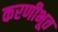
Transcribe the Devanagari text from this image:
करणीभूत